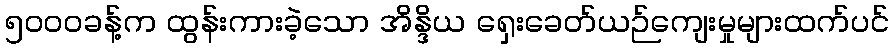
၅၀၀၀ခန့်က ထွန်းကားခဲ့သော အိန္ဒိယ ရှေးခေတ်ယဉ်ကျေးမှုများထက်ပင်